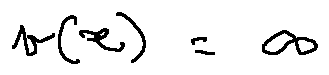
v ( x ) = \infty